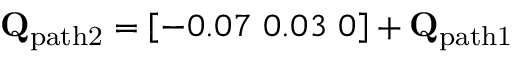
\mathbf { Q } _ { \mathrm { p a t h 2 } } = \left[ - 0 . 0 7 \ 0 . 0 3 \ 0 \right] + \mathbf { Q } _ { \mathrm { p a t h 1 } }